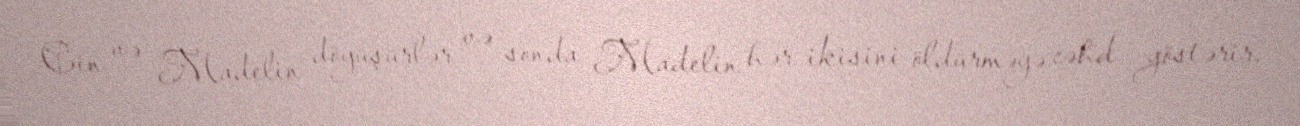
Cin və Madelin döyüşürlər və sonda Madelin hər ikisini öldürməyə cəhd göstərir,